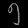
Digit: ၅